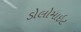
ડોલોમાઇટ